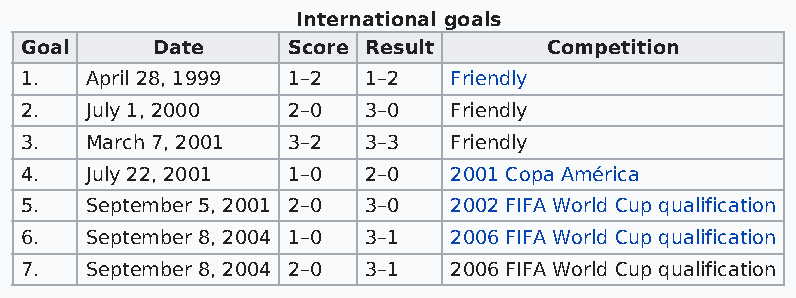
International goals
 Goal     Date     Score Result     Competition
 1.   April 28, 1999 1–2 1–2  Friendly
 2.   July 1, 2000 2–0  3–0   Friendly
 3.   March 7, 2001 3–2 3–3   Friendly
 4.   July 22, 2001 1–0 2–0   2001 Copa América
 5.   September 5, 2001 2–0 3–0 2002 FIFA World Cup qualification
 6.   September 8, 2004 1–0 3–1 2006 FIFA World Cup qualification
 7.   September 8, 2004 2–0 3–1 2006 FIFA World Cup qualification